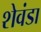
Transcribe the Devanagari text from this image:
शेवंडा